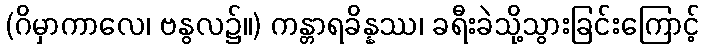
(ဂိမှာကာလေ၊ ဗနွလ၌။) ကန္တာရခိန္နဿ၊ ခရီးခဲသို့သွားခြင်းကြောင့်